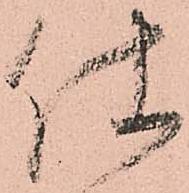
仕